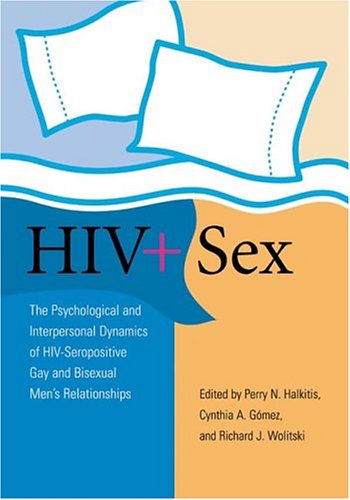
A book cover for HIV ] Sex: The Psychological and Interpersonal Dynamics of HIV-Seropositive Gay and Bisexual Men's Relationships; Perry N. Halkitis; Gay & Lesbian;